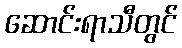
ဆောင်းရာသီတွင်